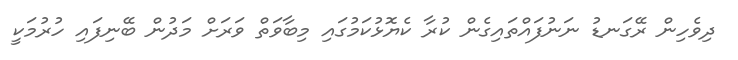
ދިވެހިން ރޭގަނޑު ނަނުފައްތައިގެން ކުރާ ކެޔޮޅުކަމުގައި މިބާވަތް ވަރަށް މަދުން ބޭނިފައި ހުރުމަކީ